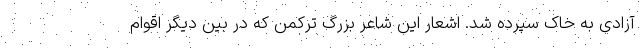
آزادی به خاک سپرده شد. اشعار این شاعر بزرگ ترکمن که در بین دیگر اقوام